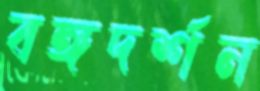
বঙ্গদর্শন